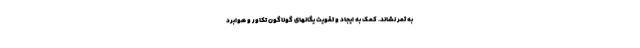
به ثمر نشاند. کمک به ایجاد و تقویت یگانهای گوناگون تکاور و هوابرد